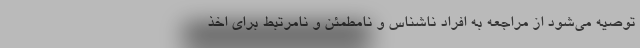
توصیه می‌شود از مراجعه به افراد ناشناس و نامطمئن و نامرتبط برای اخذ